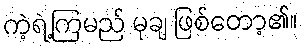
ကဲ့ရဲ့ကြမည် မုချ ဖြစ်တော့၏။